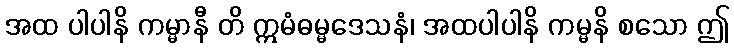
အထ ပါပါနိ ကမ္မာနီ တိ ဣမံဓမ္မဒေသနံ၊ အထပါပါနိ ကမ္မနိ စသော ဤ